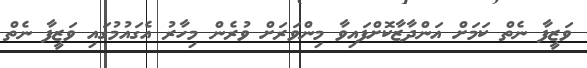
ވަޒީފާ ނެތް ކަމަށް އަންދާޒާކޮށްފައިވާ މިންވަރަށް ވުރެން މިހާރު އެގައުމުގައި ވަޒީފާ ނެތް